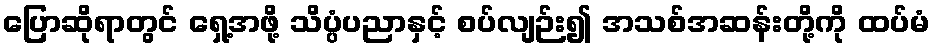
ပြောဆိုရာတွင် ရှေ့အဖို့ သိပ္ပံပညာနှင့် စပ်လျဉ်း၍ အသစ်အဆန်းတို့ကို ထပ်မံ